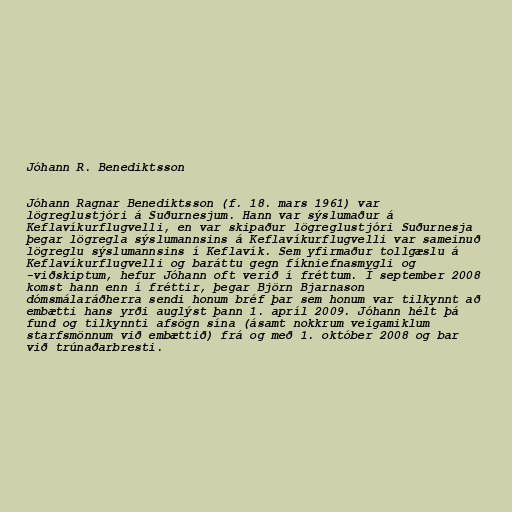
Jóhann R. Benediktsson

Jóhann Ragnar Benediktsson (f. 18. mars 1961) var
lögreglustjóri á Suðurnesjum. Hann var sýslumaður á
Keflavíkurflugvelli, en var skipaður lögreglustjóri Suðurnesja
þegar lögregla sýslumannsins á Keflavíkurflugvelli var sameinuð
lögreglu sýslumannsins í Keflavík. Sem yfirmaður tollgæslu á
Keflavíkurflugvelli og baráttu gegn fíkniefnasmygli og
-viðskiptum, hefur Jóhann oft verið í fréttum. Í september 2008
komst hann enn í fréttir, þegar Björn Bjarnason
dómsmálaráðherra sendi honum bréf þar sem honum var tilkynnt að
embætti hans yrði auglýst þann 1. apríl 2009. Jóhann hélt þá
fund og tilkynnti afsögn sína (ásamt nokkrum veigamiklum
starfsmönnum við embættið) frá og með 1. október 2008 og bar
við trúnaðarbresti.